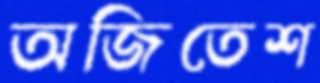
অজিতেশ